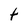
Character: t